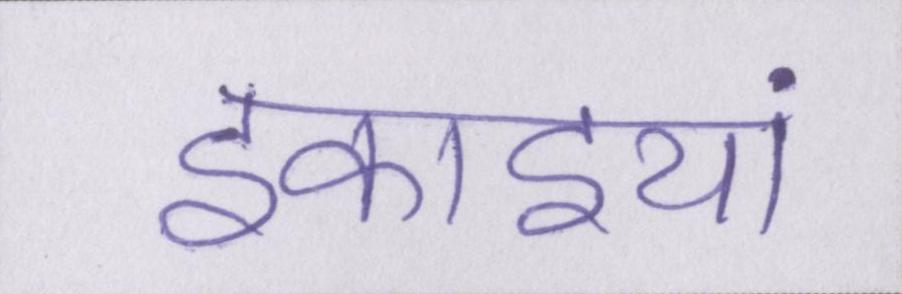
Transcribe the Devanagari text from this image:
इकाइयां